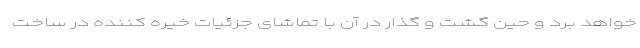
خواهد برد و حین گشت و گذار در آن با تماشای جزئیات خیره کننده در ساخت